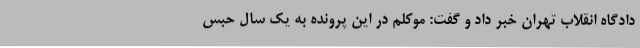
دادگاه انقلاب تهران خبر داد و گفت: موکلم در این پرونده به یک سال حبس